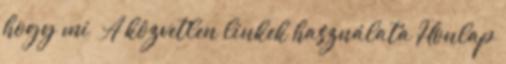
hogy mi A közvetlen linkek használata Honlap